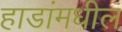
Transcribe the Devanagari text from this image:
हाडांमधील